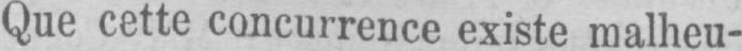
Que cette concurrence existe malheu-